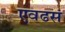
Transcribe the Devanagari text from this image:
एवढसं